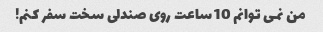
من نمی توانم 10 ساعت روی صندلی سخت سفر کنم!